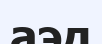
аэд